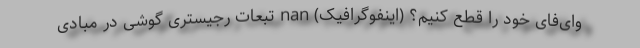
وای‌فای خود را قطع کنیم؟ (اینفوگرافیک) nan تبعات رجیستری گوشی در مبادی